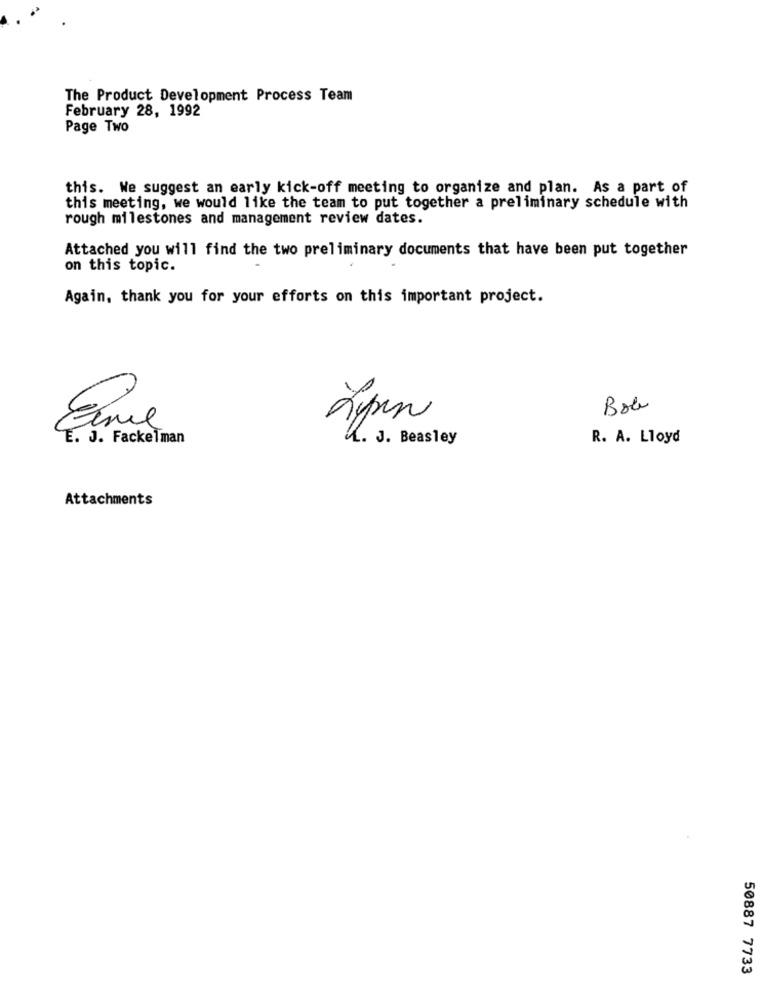
The Product Development Process Team
February 28, 1992
Page Two
this. We suggest an early kick-off meeting to organize and plan. As a part of
this meeting, we would like the team to put together a preliminary schedule with
rough milestones and management review dates.
Attached you will find the two preliminary documents that have been put together
on this topic.
Again, thank you for your efforts on this important project.
Bob
Lapin
E. J. Fackelman
L. J. Beasley
R. A. Lloyd
Attachments
50887 7733